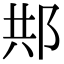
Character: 䢼